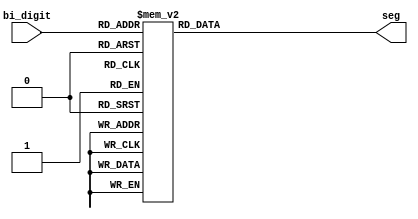
module Spec7_seq(bi_digit, seg);
    input [3:0] bi_digit;
    output [6:0] seg;
    reg[6:0] seg;

    always@ (bi_digit)
        case(bi_digit)
        4'h0: seg = ~7'b0000010;
        4'h1: seg = ~7'b0000100;
        4'h2: seg = ~7'b0001000;
        4'h3: seg = ~7'b0010000;
        4'h4: seg = ~7'b0000000;
        4'h5: seg = ~7'b0000000;
        4'h6: seg = ~7'b0000000;
        4'h7: seg = ~7'b0000000;
        4'h8: seg = ~7'b0000000;
        4'h9: seg = ~7'b0000000;
        4'ha: seg = ~7'b0000000;
        4'hb: seg = ~7'b0000000;
        4'hc: seg = ~7'b0111000;
        4'hd: seg = ~7'b0111110;
        4'he: seg = ~7'b0000110;
        4'hf: seg = ~7'b0000110;
        endcase
endmodule